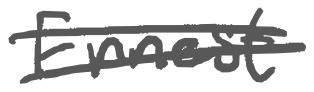
Text: Ernest
Cross-out: double-line
Writing tool: digital_gray